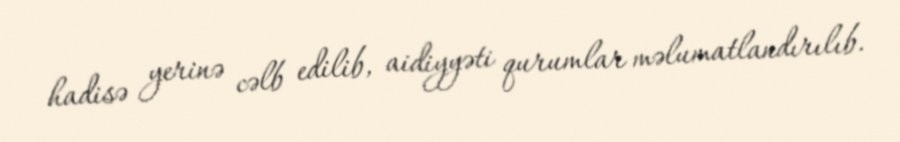
hadisə yerinə cəlb edilib, aidiyyəti qurumlar məlumatlandırılıb.